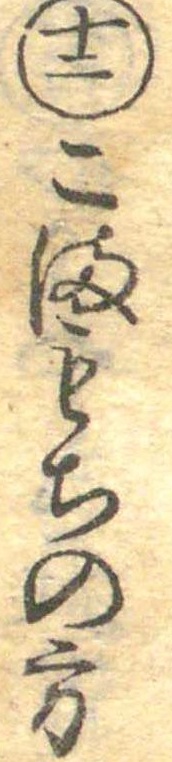
十二こまもちの方